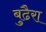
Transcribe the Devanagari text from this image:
बुढैरा